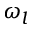
\omega _ { l }